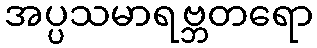
အပ္ပသမာရဗ္ဘတရော